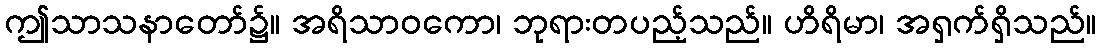
ဤသာသနာတော်၌။ အရိသာဝကော၊ ဘုရားတပည့်သည်။ ဟိရိမာ၊ အရှက်ရှိသည်။